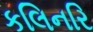
કલિનરિ